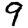
Digit: 9